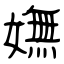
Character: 嫵